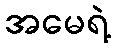
အမေရဲ့